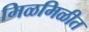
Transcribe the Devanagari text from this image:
मिळमिळीत